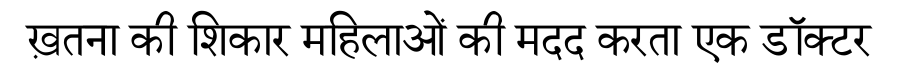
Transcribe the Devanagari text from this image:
ख़तना की शिकार महिलाओं की मदद करता एक डॉक्टर